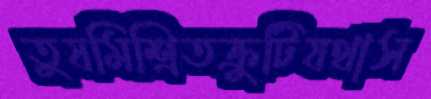
তুষমিশ্রিতক্রুটিযথাস